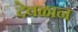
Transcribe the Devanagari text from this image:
देवळान